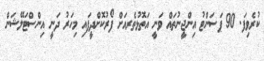
ކުރެވިފަ. 90 ޕަސަންޓު އިންޖީނުތައް ވަނީ އަތޮޅުތެރއަށް ފޯރުކޮށްދީފައި މިހަރު ދަނީ އިންސްޓަލޭޝަން